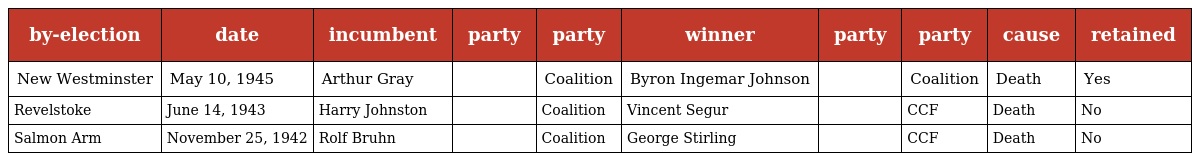
| by-election | date | incumbent | party | party | winner | party | party | cause | retained |
 | --- | --- | --- | --- | --- | --- | --- | --- | --- | --- |
 | New Westminster | May 10, 1945 | Arthur Gray |  | Coalition | Byron Ingemar Johnson |  | Coalition | Death | Yes |
 | Revelstoke | June 14, 1943 | Harry Johnston |  | Coalition | Vincent Segur |  | CCF | Death | No |
 | Salmon Arm | November 25, 1942 | Rolf Bruhn |  | Coalition | George Stirling |  | CCF | Death | No |